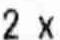
2 X